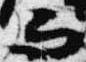
而